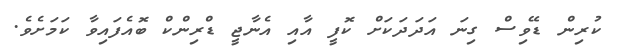
ކުރިން ޑޭވިސް ގިނަ އަދަދަކަށް ކޮފީ އާއި އެނާޖީ ޑްރިންކް ބޮއެފައިވާ ކަމަށެވެ.